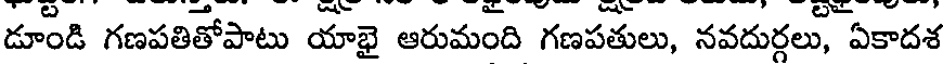
డూండి గణపతితోపాటు యాభై ఆరుమంది గణపతులు, నవదుర్గలు, ఏకాదశ